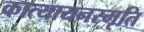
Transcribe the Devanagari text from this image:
कात्यायनस्मृति